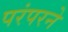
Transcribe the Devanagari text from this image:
परंपरने